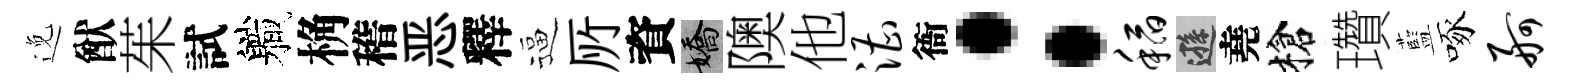
𨓜猷茱試軄桷稽恶釋逼𠩄資嬌隩他漕衙：稻遜堯槍瓚藍啄舸